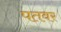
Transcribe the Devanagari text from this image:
पतवर